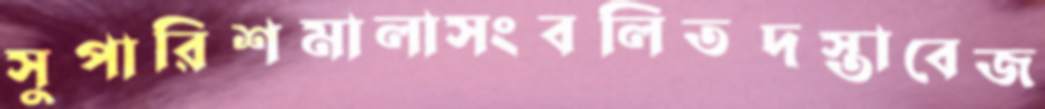
সুপারিশমালাসংবলিতদস্তাবেজ